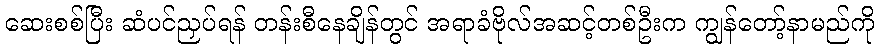
ဆေးစစ်ပြီး ဆံပင်ညှပ်ရန် တန်းစီနေချိန်တွင် အရာခံဗိုလ်အဆင့်တစ်ဦးက ကျွန်တော့်နာမည်ကို